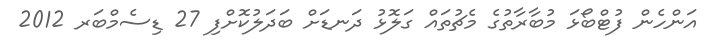
އަންހެން ފުޓްބޯޅަ މުބާރާތުގެ މެޗުތައް ގަލޮޅު ދަނޑަށް ބަދަލުކޮށްފި 27 ޑިސެމްބަރ 2012